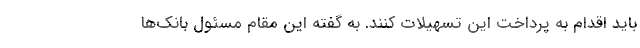
باید اقدام به پرداخت این تسهیلات کنند. به گفته این مقام مسئول بانک‌ها